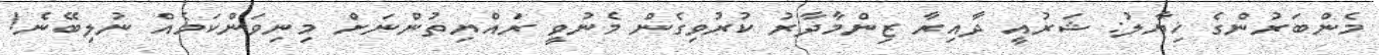
މެންބަރުންގެ ޚިޔާލު: ޝަރުއީ ދާއިރާ ޒިންމާދާރު ކުރުވިގެން މެނުވީ ރައްޔިތުންނަށް މިނިވަންކަމެއް ނުލިބޭނެ!